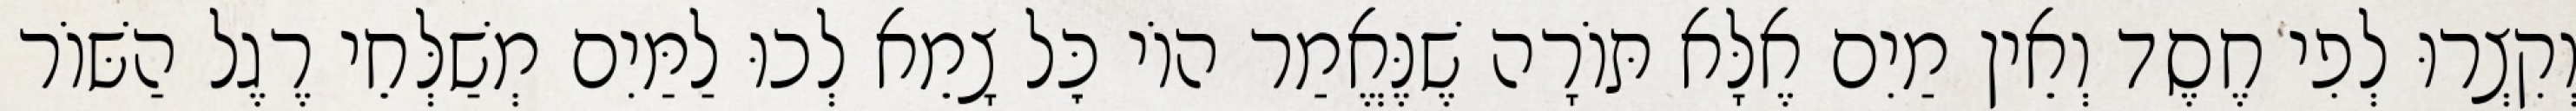
וְקִצְרוּ לְפִי חֶסֶד וְאֵין מַיִם אֶלָּא תּוֹרָה שֶׁנֶּאֱמַר הוֹי כׇּל צָמֵא לְכוּ לַמַּיִם מְשַׁלְּחֵי רֶגֶל הַשּׁוֹר